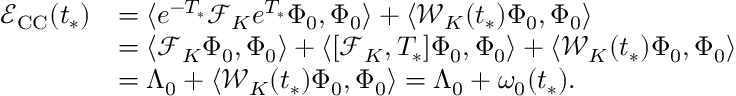
\begin{array} { r l } { \mathcal { E } _ { \mathrm { C C } } ( t _ { * } ) } & { = \langle e ^ { - T _ { * } } \mathcal { F } _ { K } e ^ { T _ { * } } \Phi _ { 0 } , \Phi _ { 0 } \rangle + \langle \mathcal { W } _ { K } ( t _ { * } ) \Phi _ { 0 } , \Phi _ { 0 } \rangle } \\ & { = \langle \mathcal { F } _ { K } \Phi _ { 0 } , \Phi _ { 0 } \rangle + \langle [ \mathcal { F } _ { K } , T _ { * } ] \Phi _ { 0 } , \Phi _ { 0 } \rangle + \langle \mathcal { W } _ { K } ( t _ { * } ) \Phi _ { 0 } , \Phi _ { 0 } \rangle } \\ & { = \Lambda _ { 0 } + \langle \mathcal { W } _ { K } ( t _ { * } ) \Phi _ { 0 } , \Phi _ { 0 } \rangle = \Lambda _ { 0 } + \omega _ { 0 } ( t _ { * } ) . } \end{array}